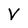
Character: V